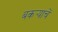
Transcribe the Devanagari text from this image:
बकर्‍याचें